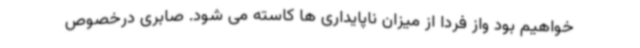
خواهیم بود واز فردا از میزان ناپایداری ها کاسته می شود. صابری درخصوص